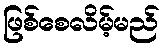
ဖြစ်စေလိမ့်မည်